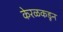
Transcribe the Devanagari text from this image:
केरळकडून